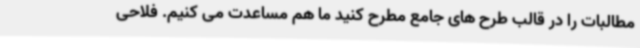
مطالبات را در قالب طرح های جامع مطرح کنید ما هم مساعدت می کنیم. فلاحی